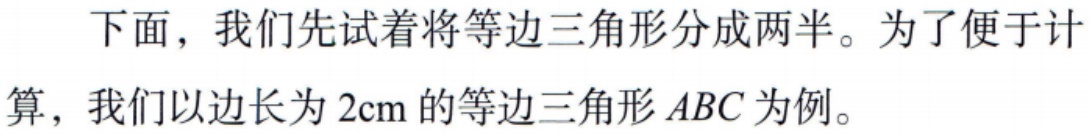
下面，我们先试着将等边三角形分成两半。为了便于计算，我们以边长为 \(2\text{cm}\) 的等边三角形 \(ABC\) 为例。